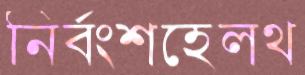
নির্বংশহেলথ